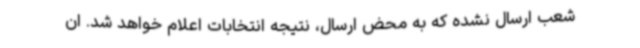
شعب ارسال نشده که به محض ارسال، نتیجه انتخابات اعلام خواهد شد. ان